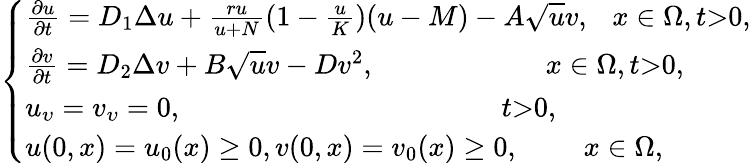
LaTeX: \left\{ \begin{array}{ll}{\frac{\partial u}{\partial t}=D_{1}\Delta u+\frac{ru}{u+N}(1-\frac{u}{K})(u-M)-A\sqrt{u}v,\ \ \ x\in\Omega,t\textgreater 0,}\\ {\frac{\partial v}{\partial t}=D_{2}\Delta v+B\sqrt{u}v-Dv^{2},\ \ \ \ \ \ \ \ \ \ \ \ \ \ \ \ \ \ \ \ \ \ \ \ x\in\Omega,t\textgreater 0,}\\ {u_{\upsilon}=v_{\upsilon}=0,\ \ \ \ \ \ \ \ \ \ \ \ \ \ \ \ \ \ \ \ \ \ \ \ \ \ \ \ \ \ \ \ \ \ \ \ \ \ \ \ \ \ \ \ \ t\textgreater 0,}\\ {u(0,x)=u_{0}(x)\geq 0,v(0,x)=v_{0}(x)\geq 0,\ \ \ \ \ \ \ \ \ x\in\Omega,}\end{array}\right.